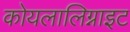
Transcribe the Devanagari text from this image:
कोयलालिग्नाइट